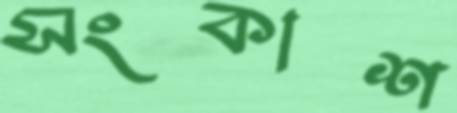
সংকাশ